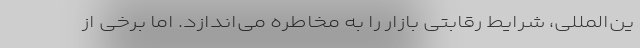
ین‌المللی، شرایط رقابتی بازار را به مخاطره می‌اندازد. اما برخی از